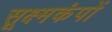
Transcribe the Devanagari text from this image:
सूक्ष्मकंपों